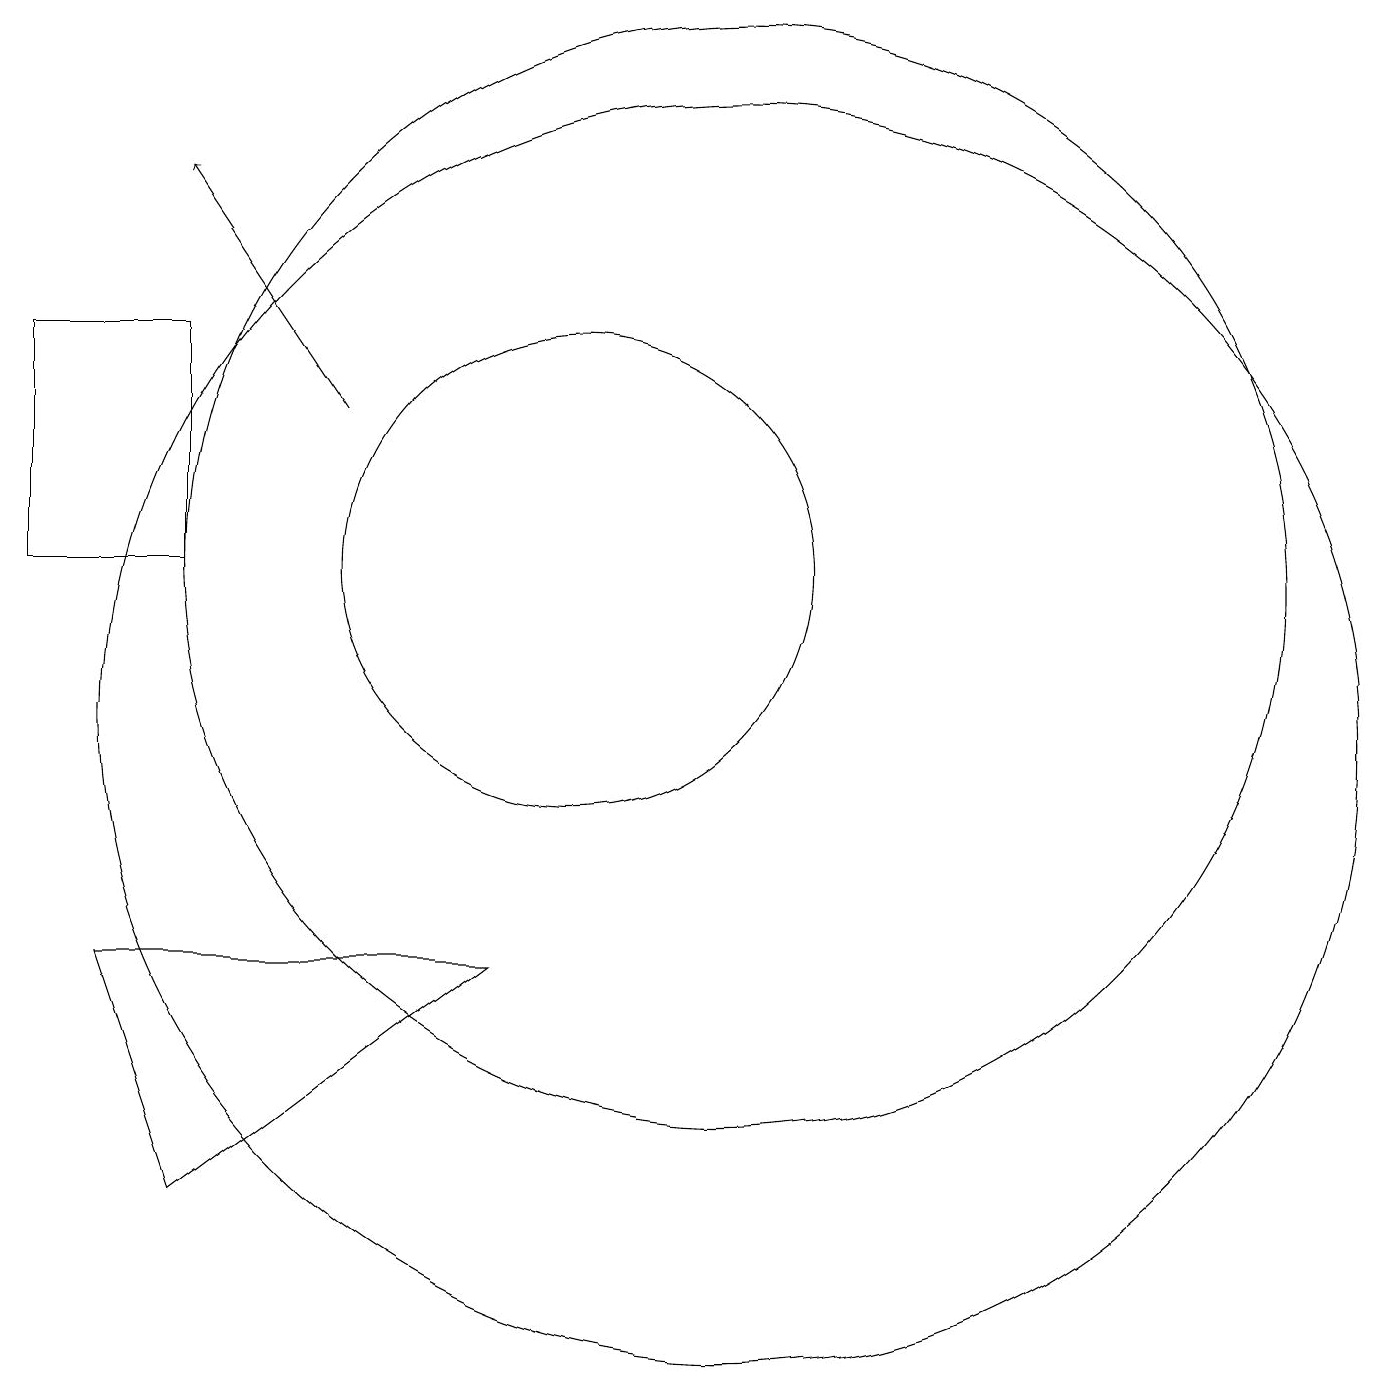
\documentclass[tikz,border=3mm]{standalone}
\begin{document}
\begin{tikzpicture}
\draw (5,4) -- (9,7) -- (4,7) -- cycle;
\draw (10,12) circle (3);
\draw (12,12) circle (7);
\draw[->] (7,14) -- (5,17);
\draw (5,15) rectangle (3,12);
\draw (12,10) circle (8);
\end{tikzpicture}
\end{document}